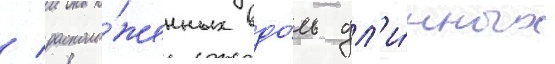
/ располо́женных вдо́ль дл'и́нных